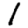
Digit: 1